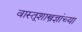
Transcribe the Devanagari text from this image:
वास्तूशास्त्रज्ञांच्या